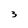
Character: 3